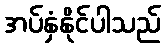
အပ်နှံနိုင်ပါသည်